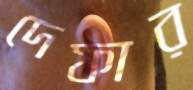
দেফার